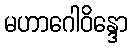
မဟာဂေါဝိန္ဒော